Report of the King Institute of Preventive Medicine, Guindy
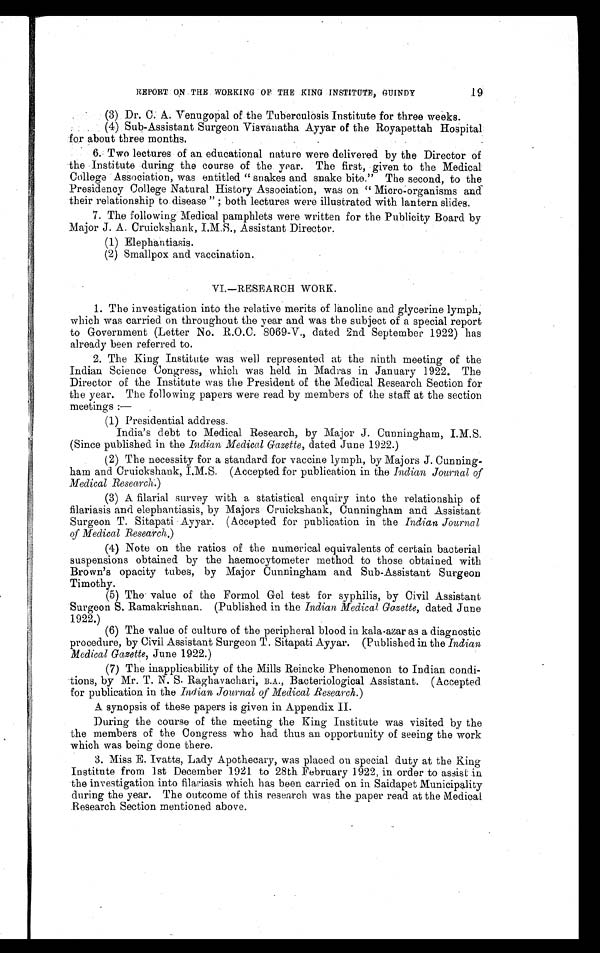
.19
REPORT ON THE WORKING OF THE KING INSTITUTE, GUINDY
(3) Dr. C. A. Venugopal of the Tuberculosis Institute for three weeks.
(4) Sub-Assistant Surgeon Visvanatha Ayyar of the Royapettah Hospital
for about three months.
6. Two lectures of an educational nature were delivered by the Director of
the Institute during the course of the year. The first, given to the Medical
College Association, was entitled " snakes and snake bite." The second, to the
Presidency College Natural History Association, was on " Micro-organisms and
their relationship to disease " ; both lectures were illustrated with lantern slides.
7. The following Medical pamphlets were written for the Publicity Board by
Major J. A. Cruickshank, I.M.S., Assistant Director.
(1) Elephantiasis.
(2) Smallpox and vaccination.
VI.—RESEARCH WORK.
1. The investigation into the relative merits of lanoline and glycerine lymph,
which was carried on throughout the year and was the subject of a special report
to Government (Letter No. R.O.C. 8069-V., dated 2nd September 1922) has
already been referred to.
2. The King Institute was well represented at the ninth meeting of the
Indian Science Congress, which was held in Madras in January 1922. The
Director of the Institute was the President of the Medical Research Section for
the year. The following papers were read by members of the staff at the section
meetings :—
(1) Presidential address.
India's debt to Medical Research, by Major J. Cunningham, I.M.S.
(Since published in the Indian Medical Gazette, dated June 1922.)
(2) The necessity for a standard for vaccine lymph, by Majors J. Cunning-
ham and Cruickshank, I.M.S. (Accepted for publication in the Indian Journal of
Medical Research.)
(3) A filarial survey with a statistical enquiry into the relationship of
filariasis and elephantiasis, by Majors Cruickshank, Cunningham and Assistant
Surgeon T. Sitapati Ayyar. (Accepted for publication in the Indian Journal
of Medical Research.)
(4) Note on the ratios of the numerical equivalents of certain bacterial
suspensions obtained by the haemocytometer method to those obtained with
Brown's opacity tubes, by Major Cunningham and Sub-Assistant Surgeon
Timothy.
(5) The value of the Formol Gel test for syphilis, by Civil Assistant
Surgeon S. Ramakrishnan. (Published in the Indian Medical Gazette, dated June
1922.)
(6) The value of culture of the peripheral blood in kala-azar as a diagnostic
procedure, by Civil Assistant Surgeon T. Sitapati Ayyar. (Published in the Indian
Medical Gazette, June 1922.)
(7) The inapplicability of the Mills Reincke Phenomenon to Indian condi-
tions, by Mr. T. N. S. Raghavachari, B.A., Bacteriological Assistant. (Accepted
for publication in the Indian Journal of Medical Research.)
A synopsis of these papers is given in Appendix II.
During the course of the meeting the King Institute was visited by the
the members of the Congress who had thus an opportunity of seeing the work
which was being done there.
3. Miss E. Ivatts, Lady Apothecary, was placed on special duty at the King
Institute from 1st December 1921 to 28th February 1922, in order to assist in
the investigation into filariasis which has been carried on in Saidapet Municipality
during the year. The outcome of this research was the paper read at the Medical
Research Section mentioned above.